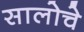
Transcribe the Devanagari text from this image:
सालोचे